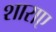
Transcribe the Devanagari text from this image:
शाराए